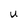
Character: U